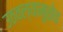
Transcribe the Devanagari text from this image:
उठवल्यामुळेच